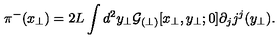
\pi ^ { - } ( x _ { \perp } ) = 2 L \int d ^ { 2 } y _ { \perp } { \cal G } _ { ( \perp ) } [ x _ { \perp } , y _ { \perp } ; 0 ] \partial _ { j } j ^ { j } ( y _ { \perp } ) .